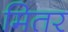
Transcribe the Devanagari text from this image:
मितर